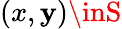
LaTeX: (x,\mathbf{y})\inS